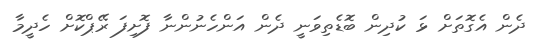
ދެން އެގޮތަށް ޅަ ކުދިން ބޮޑެތިވަނީ ދެން އަންހެނުންނާ ފޮށިފަ ރޭޕްކޮށް ހެދީމާ